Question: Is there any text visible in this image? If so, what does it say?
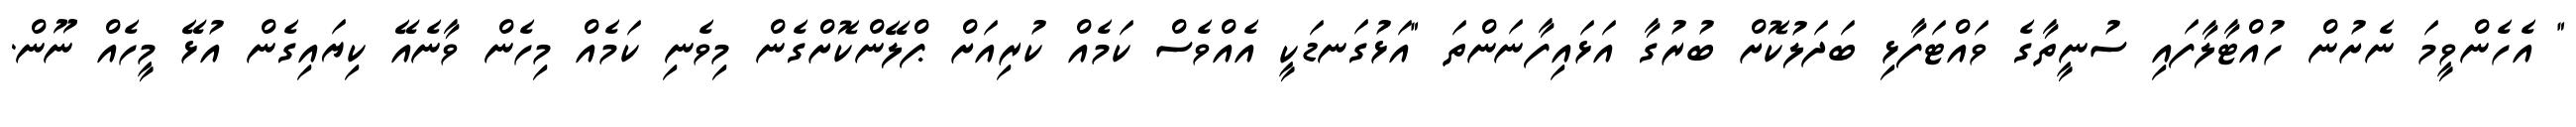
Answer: " އެހެންވީމަ ނެށުން ހުއްޓާލާފައި ސުނީތާގެ ވައްޓަފާޅި ބަދަލުކޮށް ބުރުގާ އަޅައިފާނަންތަ "އަޅުގަނޑަކީ އެއްވެސް ކަމެއް ކުރިއަށް ޕްލޭންކޮށްގެން މިވެނި ކަމެއް މިހެން ވާނެއޭ ކިޔައިގެން އުޅޭ މީހެއް ނޫން.